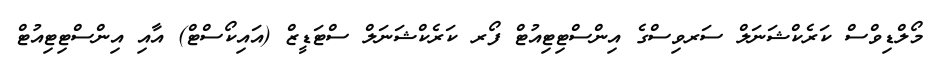
މޯލްޑިވްސް ކަރެކްޝަނަލް ސަރވިސްގެ އިންސްޓިޓިއުޓް ފޯރ ކަރެކްޝަނަލް ސްޓަޑީޒް (އައިކޯސްޓް) އާއި އިންސްޓިޓިއުޓް